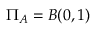
\Pi _ { A } = B ( 0 , 1 )